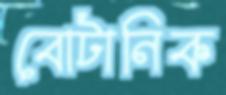
বোটানিক